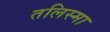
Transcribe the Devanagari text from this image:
तलिस्मा